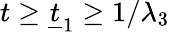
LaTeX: t\ge\underline{{t}}_{1}\ge 1/\lambda_{3}